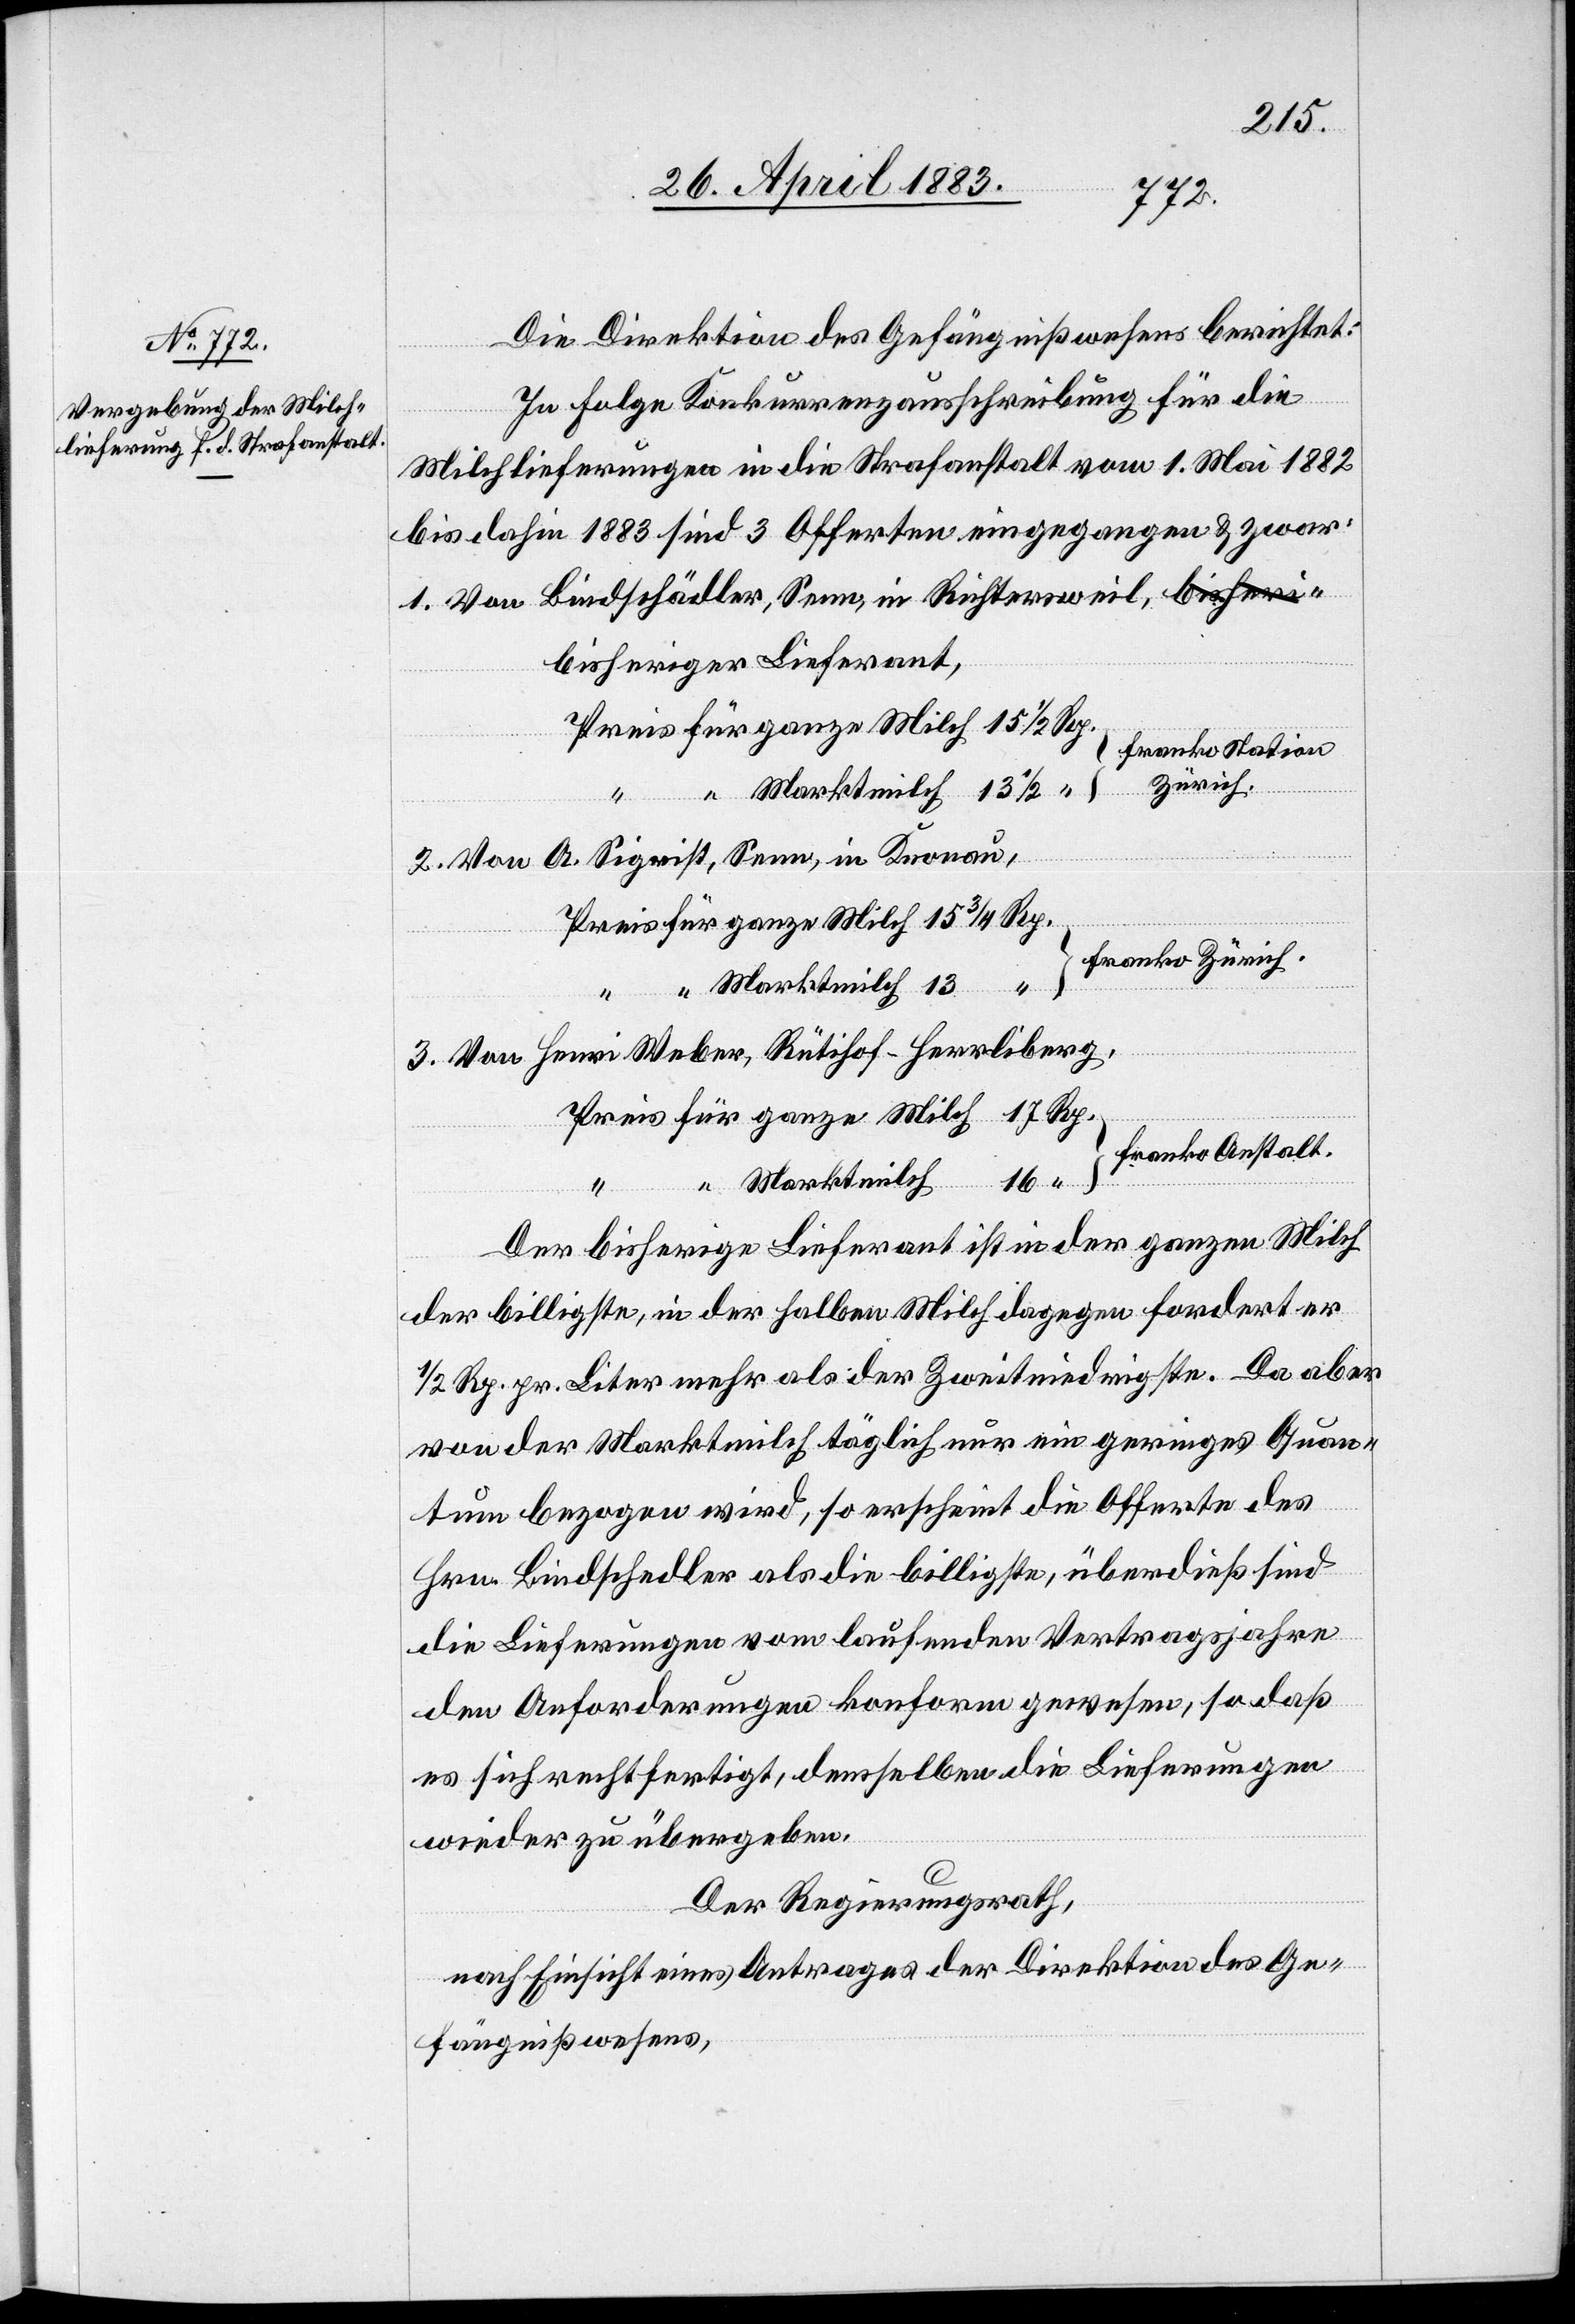
Die Direktion des Gefängnißwesens berichtet:
In Folge Konkurrenzausschreibung für die
Milchlieferungen in die Strafanstalt vom 1. Mai 1882
bis dahin 1883 sind 3 Offerten eingegangen & zwar:
1. Von Bindschädler, Senn, in Richtersweil, bisher¬
Franko Station
2. Von A. Sigrist, Senn, in Knonau,
Preis für ganze Milch 15 3/4 Rp.
Franko Zürich.
“ “ Marktmilch 13
3. Von Henri Weber, Rütihof - Herrliberg,
Preis für ganze Milch 17 Rp.
16 “
“ Marktmilch
iger
Lieferant,
Der bisherige Lieferant ist in der ganzen Milch
der billigste, in der halben Milch dagegen fordert er
1/2 Rp. pr. Liter mehr als der Zweitniedrigste. Da aber
von der Marktmilch täglich nur ein geringes Quan¬
tum bezogen wird, so erscheint die Offerte des
Hrn. Bindschedler [sic!] als die billigste, überdieß sind
die Lieferungen vom laufenden Vertragsjahre
den Anforderungen konform gewesen, so daß
es sich rechtfertigt, demselben die Lieferungen
wieder zu übergeben.
Der Regierungsrath,
nach Einsicht eines Antrages der Direktion des Ge¬
fängnißwesens,